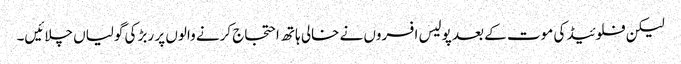
لیکن فلوئیڈ کی موت کے بعد پولیس افسروں نے خالی ہاتھ احتجاج کرنے والوں پر ربڑ کی گولیاں چلائیں۔